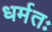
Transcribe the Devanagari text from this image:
धर्मतः